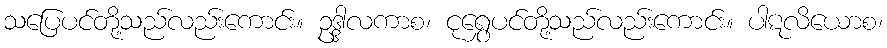
သပြေပင်တို့သည်လည်းကောင်း။ ဥဒ္ဒါလကာစ၊ ငုရွှေပင်တို့သည်လည်းကောင်း။ ပါဋလိယောစ၊